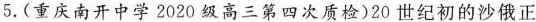
5.(重庆南开中学2020级高三第四次质检)20世纪初的沙俄正